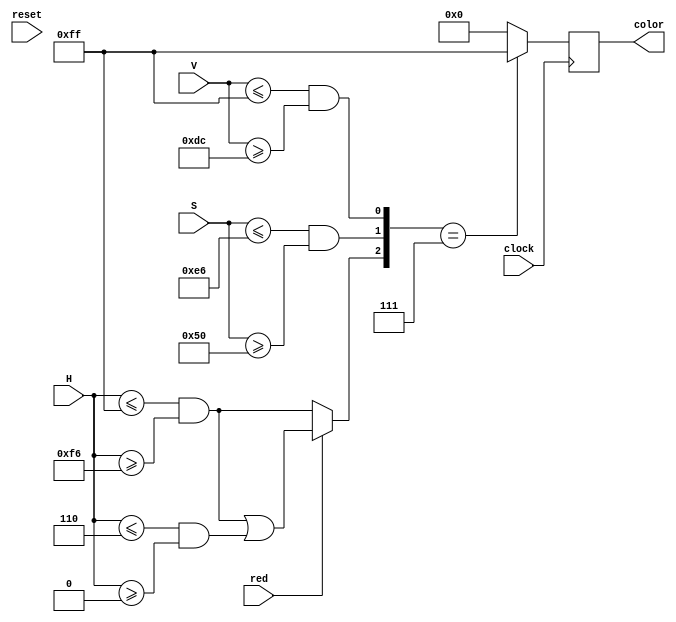
`timescale 1ns / 1ps
/////
///HSV thresholding 
//by Mubarik Mohamoud
///
//////
module hsv_thresh #(parameter h_high_thresh = 255, parameter s_high_thresh = 230,parameter v_high_thresh = 255,
	parameter h_low_thresh = 246, parameter s_low_thresh = 80, parameter v_low_thresh = 220)
	(clock,red, reset, H, S, V, color);
	input wire clock, red;
	input wire reset;
	input wire [7:0] H;
	input wire [7:0] S;
	input wire [7:0] V;
	output reg [7:0] color;
        ////Good blue 140<h<170, 80<s<255, 100<v<255
	////Good red hue_thr = ((H<=h_high_thresh)&(H>=h_low_thresh))|((H<=6)&(H>=0));246<h<255, 80<s<230, 220<v<255
	///orange 15<h>35, 70
230, and 220<v255
        wire hue_thr = red?((H<=h_high_thresh)&(H>=h_low_thresh))|((H<=6)&(H>=0)):((H<=h_high_thresh)&(H>=h_low_thresh));
	wire saturation_thre =(S<=s_high_thresh)&(S>=s_low_thresh);
	wire value_thr = (V<=v_high_thresh)&(V>=v_low_thresh);
	wire [2:0] threshold={hue_thr,saturation_thre,value_thr};
    always @(posedge clock) begin 
		if (threshold==3'b111) color<=255;
		else color<=0;
	end 
endmodule